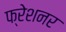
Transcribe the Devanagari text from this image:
फ्रेशनर